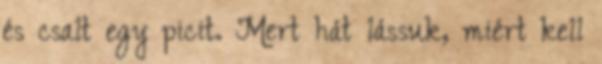
és csalt egy picit. Mert hát lássuk, miért kell